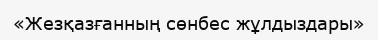
«Жезқазғанның сөнбес жұлдыздары»